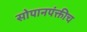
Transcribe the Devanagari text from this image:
सोपानपंक्तीच